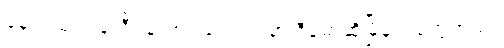
နေ့လည် ၁ နာရီဝန်းကျင်လောက်မှာ ဒီမော့ဆိုမြို့မှာပဲတွေ့တယ်။